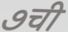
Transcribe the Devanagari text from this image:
७ची